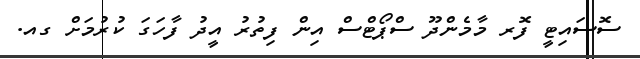
ސޮސައިޓީ ފޮރ މާމެންދޫ ސްޕޯޓްސް އިން ފިތުރު އީދު ފާހަގަ ކުރުމަށް ގއ.